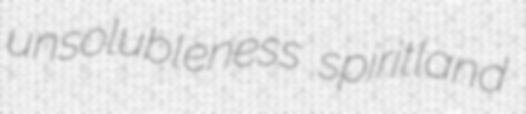
unsolubleness spiritland